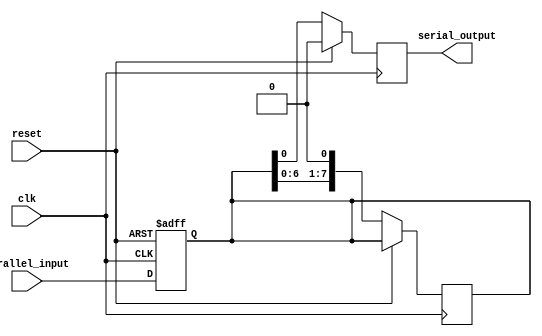
module parallel_in_serial_out_register (
  input wire clk,
  input wire reset,
  input wire [7:0] parallel_input,
  output reg serial_output
);

reg [7:0] register_data;

always @ (posedge clk or posedge reset) begin
  if (reset) begin
    register_data <= 8'b0;
  end else begin
    register_data <= parallel_input;
  end
end

always @ (posedge clk) begin
  if (reset) begin
    serial_output <= 1'b0;
  end else begin
    serial_output <= register_data[0];
    register_data <= {register_data[6:0], 1'b0};
  end
end

endmodule